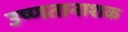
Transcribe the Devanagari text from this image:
उष्णतानाशक